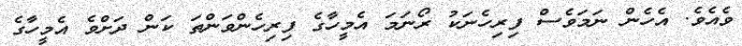
ވެއެވެ. އެހެން ނަމަވެސް ފިރިހެނަކު ރޯނަމަ އެމީހާގެ ފިރިހެންވަންތަ ކަން ދަށްވެ އެމީހާގެ